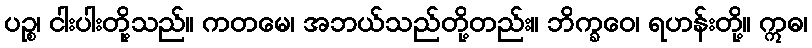
ပဉ္စ၊ ငါးပါးတို့သည်။ ကတမေ၊ အဘယ်သည်တို့တည်း။ ဘိက္ခဝေ၊ ရဟန်းတို့။ ဣဓ၊